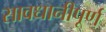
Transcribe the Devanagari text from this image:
सावधानीपूर्ण